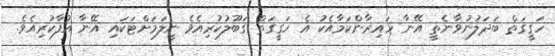
ހަގީގަތް ބަދަލުނުވާނެތީ އޭނާ ހައިރާންކަމާއެކު އެ ހަގީގަތް ގަބޫލުކުރިއެވެ ނީލަމަށްޓަކައި އޭނާ އުފާކުރިއެވެ.